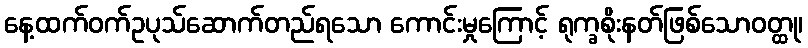
နေ့ထက်ဝက်ဥပုသ်ဆောက်တည်ရသော ကောင်းမှုကြောင့် ရုက္ခစိုးနတ်ဖြစ်သောဝတ္ထု၊